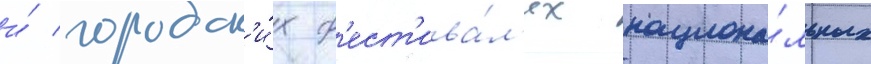
и́ городск'и́х ф'ест'ива́л'ях национа́льных